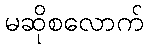
မဆိုစလောက်